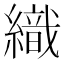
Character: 織